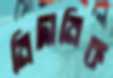
নিদানিক